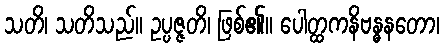
သတိ၊ သတိသည်။ ဥပ္ပဇ္ဇတိ၊ ဖြစ်၏။ ပေါတ္ထကနိဗန္ဓနတော၊